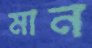
মান